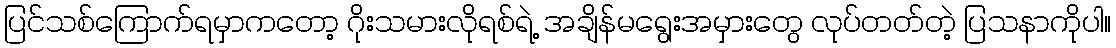
ပြင်သစ်ကြောက်ရမှာကတော့ ဂိုးသမားလိုရစ်ရဲ့ အချိန်မရွေးအမှားတွေ လုပ်တတ်တဲ့ ပြသနာကိုပါ။